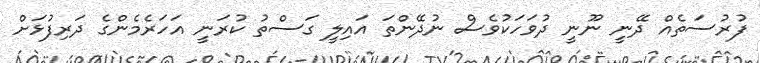
ފުރުސަތެއް ދޭނީ ނޫނީ ދުވަހަކުވެސް ނުދޭންތަ އައިލީ ގަސްތު ކުރަނީ އަހަރެމެންގެ ދަރިފުޅަށް